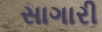
સાગારી